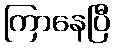
ကြာနေပြီ